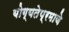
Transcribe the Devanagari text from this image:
योग्यतेप्रमाणे